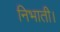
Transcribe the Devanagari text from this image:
निभाती।